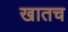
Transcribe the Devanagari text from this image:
खातच